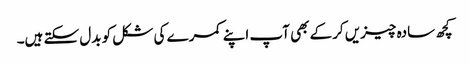
کچھ سادہ چیزیں کرکے بھی آپ اپنے کمرے کی شکل کو بدل سکتے ہیں۔